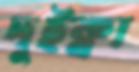
দুইক্না